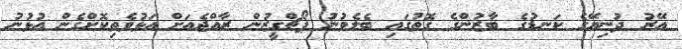
އޭރު ދުނިޔޭގެ ކަނޑުގެ ބާޒުންގެ ގޮތުގައި ބެލެވުނު ޕޯޗްގީޒުން ރާއްޖެއަށް އަޅުވެތިކޮށްގެން އުޅުނު